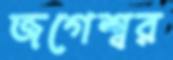
জগেশ্বর